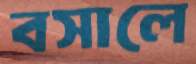
বসালে